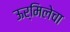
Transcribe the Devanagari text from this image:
ऊर्मिलेचा